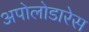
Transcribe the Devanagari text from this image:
अपोलोडारेस